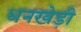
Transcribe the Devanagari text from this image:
धनखेड़ी